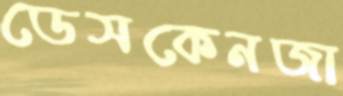
ডেসকেনজা